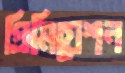
প্রিমিয়েশন